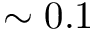
\sim 0 . 1